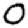
Digit: 0